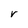
Character: V